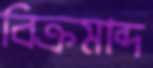
বিক্রমাব্দ